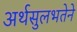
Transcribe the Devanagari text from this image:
अर्थसुलभतेने